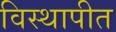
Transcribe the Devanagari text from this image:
विस्थापीत